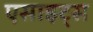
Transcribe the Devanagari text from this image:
एसाइट्स